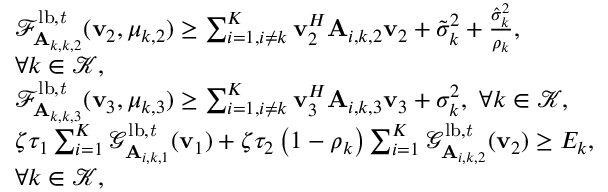
\begin{array} { r l } & { \mathcal F _ { \mathbf A _ { k , k , 2 } } ^ { \mathrm { l b , \it t } } ( \mathbf v _ { 2 } , \mu _ { k , 2 } ) \geq \sum _ { i = 1 , i \neq k } ^ { K } \mathbf v _ { 2 } ^ { H } \mathbf A _ { i , k , 2 } \mathbf v _ { 2 } + \tilde { \sigma } _ { k } ^ { 2 } + \frac { \hat { \sigma } _ { k } ^ { 2 } } { \rho _ { k } } , } \\ & { \forall k \in \mathcal K , } \\ & { \mathcal F _ { \mathbf A _ { k , k , 3 } } ^ { \mathrm { l b , \it t } } ( \mathbf v _ { 3 } , \mu _ { k , 3 } ) \geq \sum _ { i = 1 , i \neq k } ^ { K } \mathbf v _ { 3 } ^ { H } \mathbf A _ { i , k , 3 } \mathbf v _ { 3 } + \sigma _ { k } ^ { 2 } , \ \forall k \in \mathcal K , } \\ & { \zeta \tau _ { 1 } \sum _ { i = 1 } ^ { K } \mathcal G _ { \mathbf A _ { i , k , 1 } } ^ { \mathrm { l b , \it t } } ( \mathbf v _ { 1 } ) + \zeta \tau _ { 2 } \left( 1 - \rho _ { k } \right) \sum _ { i = 1 } ^ { K } \mathcal G _ { \mathbf A _ { i , k , 2 } } ^ { \mathrm { l b , \it t } } ( \mathbf v _ { 2 } ) \geq E _ { k } , } \\ & { \forall k \in \mathcal K , } \end{array}